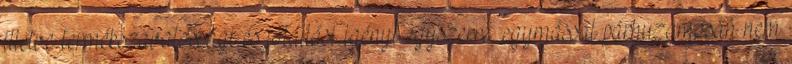
illetve termékszavatossági és jótállási igényt egyszerre, egymással párhuzamosan nem